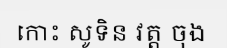
កោះ សូទិន វត្ត ចុង